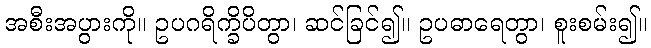
အစီးအပွားကို။ ဥပဂရိက္ခိပိတွာ၊ ဆင်ခြင်၍။ ဥပဓာရေတွာ၊ စူးစမ်း၍။